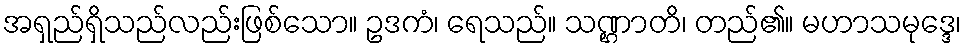
အရှည်ရှိသည်လည်းဖြစ်သော။ ဥဒကံ၊ ရေသည်။ သဏ္ဌာတိ၊ တည်၏။ မဟာသမုဒ္ဒေ၊